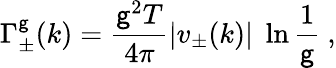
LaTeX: \Gamma_{\pm}^{\mathsf{g}}(k)=\frac{{\mathsf{g}^{2}T}}{{4\pi}}|v_{\pm}(k)|\; \ln\frac{{1}}{{\mathsf{g}}}~,